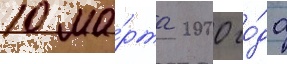
10 ма́рта 2000 го́да